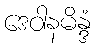
ဒေဝါနမိန္ဒံ